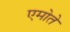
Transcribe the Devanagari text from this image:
एमोते